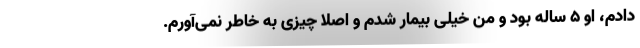
دادم، او ۵ ساله بود و من خیلی بیمار شدم و اصلا چیزی به خاطر نمی‌آورم.